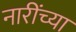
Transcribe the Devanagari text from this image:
नारींच्या